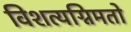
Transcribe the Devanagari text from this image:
विशत्यग्निमतो